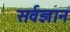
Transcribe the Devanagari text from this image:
सर्वज्ञान